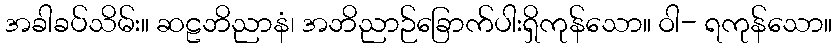
အခါခပ်သိမ်း။ ဆဠဘိညာနံ၊ အဘိညာဉ်ခြောက်ပါးရှိကုန်သော။ ဝါ- ရကုန်သော။